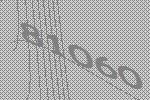
81060